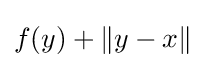
f(y)+\|y-x\|